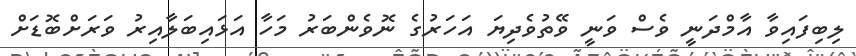
ލިބިފައިވާ އާމްދަނީ ވެސް ވަނީ ވޭތުވެދިޔަ އަހަރުގެ ނޮވެންބަރު މަހާ އަޅައިބަލާއިރު ވަރަށްބޮޑަށް